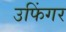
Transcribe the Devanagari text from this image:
उफिंगर